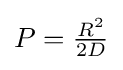
{\textstyle P={\frac {R^{2}}{2D}}}